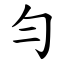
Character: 勻